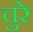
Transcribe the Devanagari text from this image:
चुरे